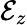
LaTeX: \mathcal{E}_{z}